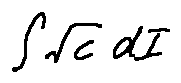
\int \sqrt { c } d I